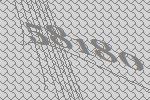
58180